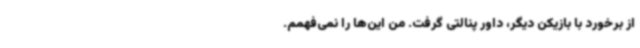
از برخورد با بازیکن دیگر، داور پنالتی گرفت. من این‌ها را نمی‌فهمم.